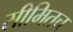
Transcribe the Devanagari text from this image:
सीमितच